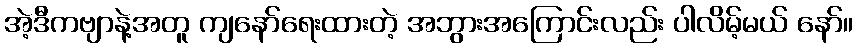
အဲ့ဒီကဗျာနဲ့အတူ ကျနော်ရေးထားတဲ့ အဘွားအကြောင်းလည်း ပါလိမ့်မယ် နော်။